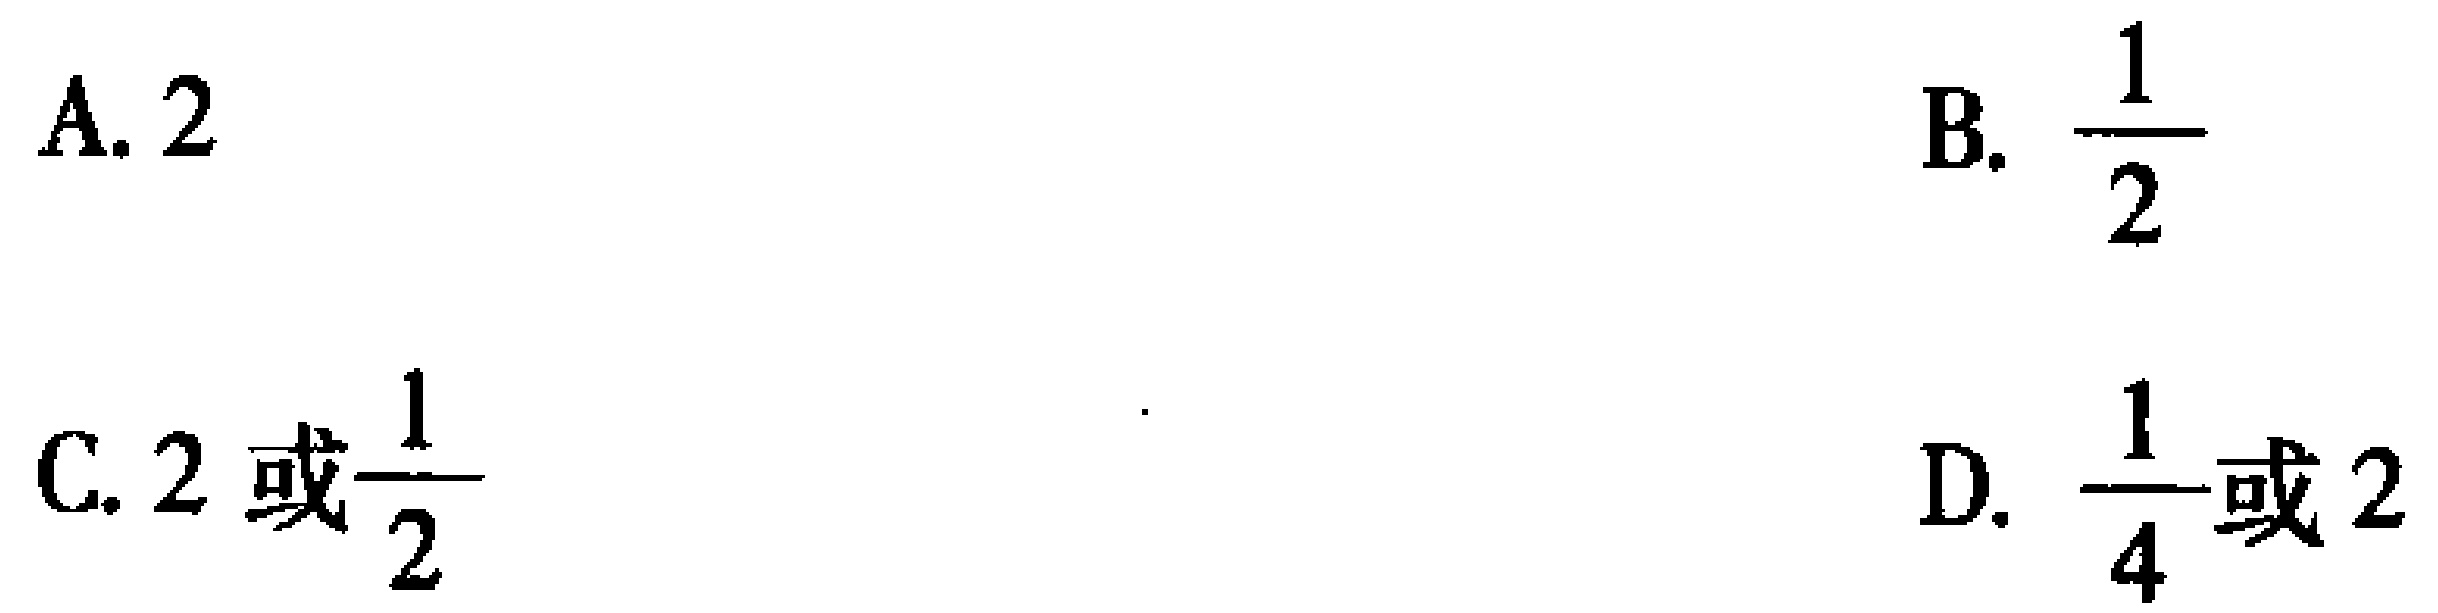
A. \(2\)

B. \(\frac{1}{2}\)

C. \(2\text{ 或}\frac{1}{2}\)

D. \(\frac{1}{4}\text{ 或 }2\)